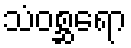
သံဝစ္ဆရော